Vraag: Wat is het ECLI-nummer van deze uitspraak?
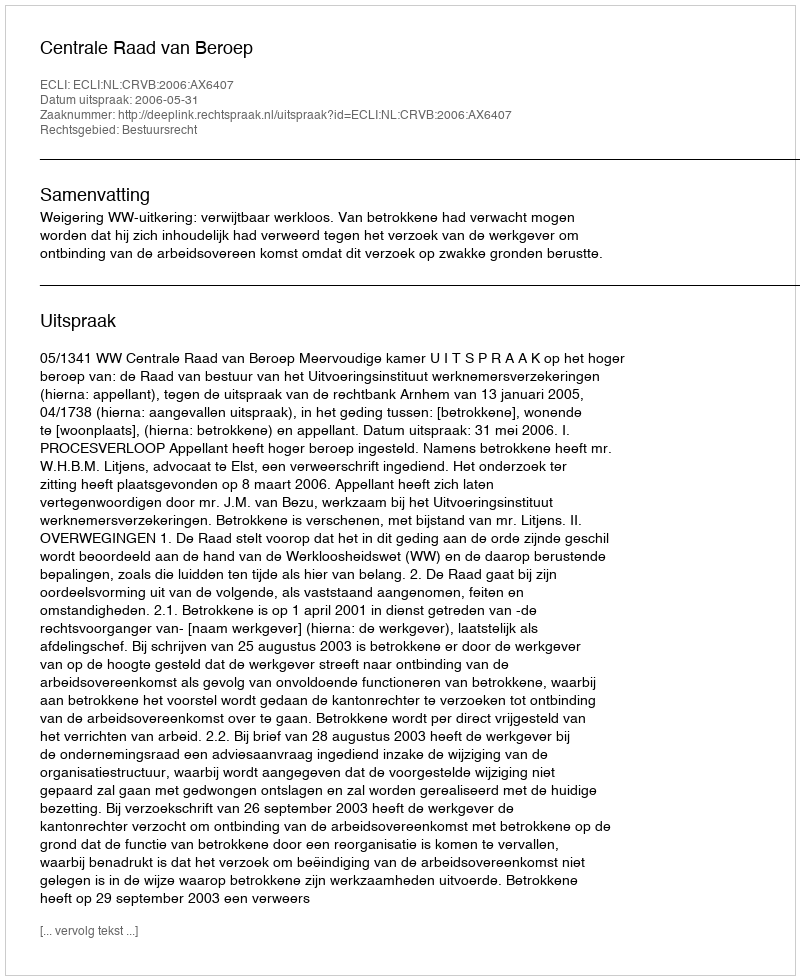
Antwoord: ECLI:NL:CRVB:2006:AX6407